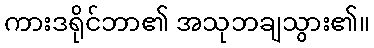
ကားဒရိုင်ဘာ၏ အသုဘချသွား၏။